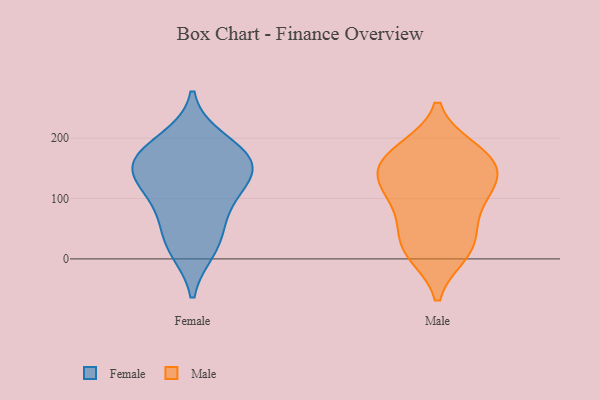
{"axis": {"x": "Temperature (°C)", "y": "Value"}, "legend": ["Female", "Male"], "data": [{"x": "", "y": 160, "type": "Female"}, {"x": "", "y": 168, "type": "Female"}, {"x": "", "y": 146, "type": "Female"}, {"x": "", "y": 106, "type": "Female"}, {"x": "", "y": 126, "type": "Female"}, {"x": "", "y": 196, "type": "Female"}, {"x": "", "y": 164, "type": "Female"}, {"x": "", "y": 31, "type": "Female"}, {"x": "", "y": 74, "type": "Female"}, {"x": "", "y": 17, "type": "Female"}, {"x": "", "y": 79, "type": "Male"}, {"x": "", "y": 14, "type": "Male"}, {"x": "", "y": 23, "type": "Male"}, {"x": "", "y": 109, "type": "Male"}, {"x": "", "y": 133, "type": "Male"}, {"x": "", "y": 133, "type": "Male"}, {"x": "", "y": 170, "type": "Male"}, {"x": "", "y": 10, "type": "Male"}, {"x": "", "y": 55, "type": "Male"}, {"x": "", "y": 173, "type": "Male"}, {"x": "", "y": 158, "type": "Male"}, {"x": "", "y": 119, "type": "Male"}, {"x": "", "y": 180, "type": "Male"}]}